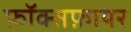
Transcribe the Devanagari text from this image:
फ़ॉक्सफ़ायर